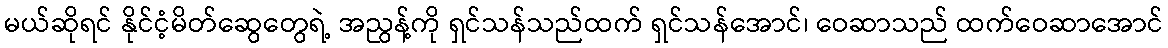
မယ်ဆိုရင် နိုင်ငံ့မိတ်ဆွေတွေရဲ့ အညွန့်ကို ရှင်သန်သည်ထက် ရှင်သန်အောင်၊ ဝေဆာသည် ထက်ဝေဆာအောင်